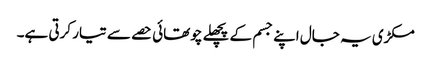
مکڑی یہ جال اپنے جسم کے پچھلے چوتھائی حصے سے تیار کرتی ہے۔